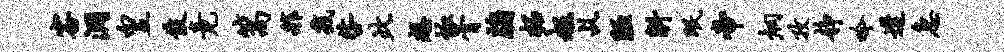
容洞皇伎竟篙舴几咎此想恤膏牖柘赧乩陋斛眠帝炯孜静吟遘急